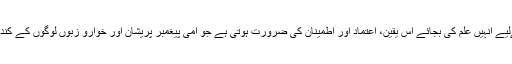
لیکن لوگوں کے درد کا درماں کرنے کےلیے انہیں علم کی بجائے اس یقین، اعتماد اور اطمینان کی ضرورت ہوتی ہے جو اُمّی پیغمبر پریشان اور خوارو زبوں لوگوں کے کندھے پر ہاتھ دھر کر عطا کرتے رہے ہیں۔